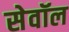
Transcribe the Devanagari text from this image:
सेवॉल